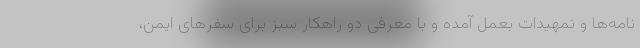
نامه‌ها و تمهیدات بعمل آمده و با معرفی دو راهکار سبز برای سفرهای ایمن،